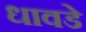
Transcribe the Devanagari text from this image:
धावडे